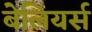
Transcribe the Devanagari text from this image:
बेलियर्स